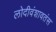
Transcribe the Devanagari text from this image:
लोदीवंशावतंस